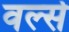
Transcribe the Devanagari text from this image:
वर्ल्स